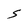
Character: S